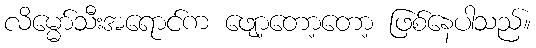
လိမ္မော်သီးအရောင်က ဖျော့တော့တော့ ဖြစ်နေပါသည်။